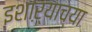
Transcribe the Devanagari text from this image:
इशाऱ्याच्या